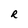
Character: R